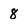
Character: 8